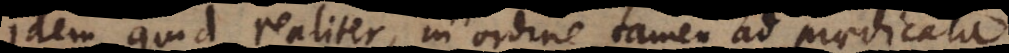
idem quid realiter, in ordine tamen ad praedicata